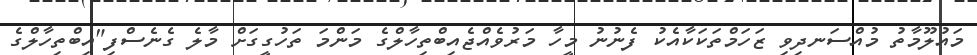
މައުލޫމާތު މުއްސަނދިވި ޒަހަމްތަކަކާއެކު ފެނުނު މީހާ މަރުވެއްޖެއިބްތިހާލްގެ މަންމަ ތަހުގީގަށް މާލެ ގެނެސްފި"އިބްތިހާލްގެ